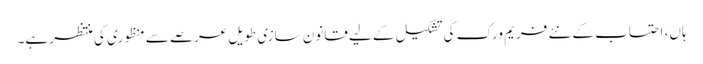
ہاں، احتساب کے نئے فریم ورک کی تشکیل کے لیے قانون سازی طویل عرصے سے منظوری کی منتظر ہے۔